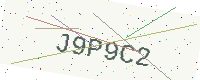
Text: J9P9C2